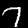
Label: 7